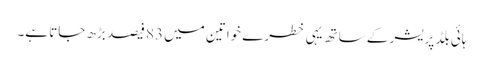
ہائی بلڈ پریشر کے ساتھ یہی خطرے خواتین میں 83 فیصد بڑھ جاتا ہے۔